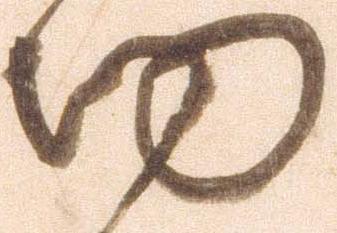
切